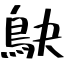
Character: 鴃